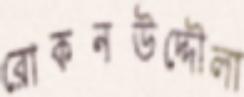
রোকনউদ্দৌলা